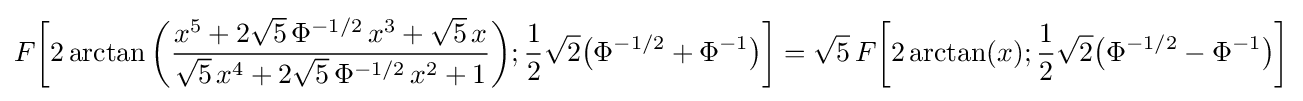
F{\biggl [}2\arctan {\biggl (}{\frac {x^{5}+2{\sqrt {5}}\,\Phi ^{-1/2}\,x^{3}+{\sqrt {5}}\,x}{{\sqrt {5}}\,x^{4}+2{\sqrt {5}}\,\Phi ^{-1/2}\,x^{2}+1}}{\biggr )};{\frac {1}{2}}{\sqrt {2}}{\bigl (}\Phi ^{-1/2}+\Phi ^{-1}{\bigr )}{\biggr ]}={\sqrt {5}}\,F{\biggl [}2\arctan(x);{\frac {1}{2}}{\sqrt {2}}{\bigl (}\Phi ^{-1/2}-\Phi ^{-1}{\bigr )}{\biggr ]}